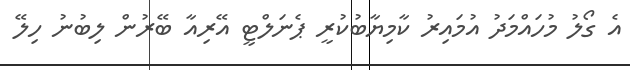
އެ ގޯލު މުހައްމަދު އުމައިރު ކާމިޔާބުކުރީ ޕެނަލްޓީ އޭރިއާ ބޭރުން ލިބުނު ހިލޭ